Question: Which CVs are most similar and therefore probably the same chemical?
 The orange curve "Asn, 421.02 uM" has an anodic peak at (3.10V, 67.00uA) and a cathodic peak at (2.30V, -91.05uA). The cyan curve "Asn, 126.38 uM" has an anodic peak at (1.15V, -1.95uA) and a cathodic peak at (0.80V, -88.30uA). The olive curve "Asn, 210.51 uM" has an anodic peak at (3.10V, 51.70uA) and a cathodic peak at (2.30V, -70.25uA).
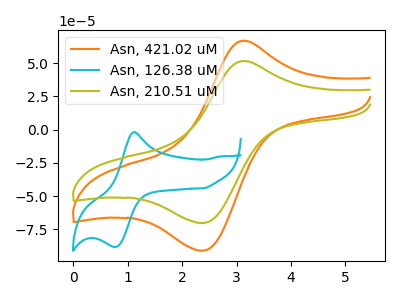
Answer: <think>"Asn, 421.02 uM" and "Asn, 126.38 uM" have at least one peak that do not match. All the peaks in "Asn, 421.02 uM" have a peak in "Asn, 210.51 uM" at the same potential. Every peak in "Asn, 421.02 uM" is higher than every peak in "Asn, 210.51 uM". "Asn, 126.38 uM" and "Asn, 210.51 uM" have at least one peak that do not match.
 </think>
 <answer>"Asn, 421.02 uM" and "Asn, 210.51 uM" have the same shape and are likely CV's of the same chemical.</answer>
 <eval>"Asn, 421.02 uM" "Asn, 210.51 uM"</eval>